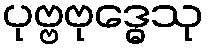
ပုဗ္ဗဗုဒ္ဓေသု